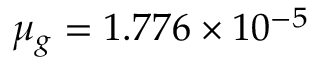
\mu _ { g } = 1 . 7 7 6 \times 1 0 ^ { - 5 }